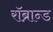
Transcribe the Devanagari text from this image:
रॉब्रान्ड